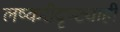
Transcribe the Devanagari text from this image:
लष्करीदृष्ट्याही